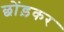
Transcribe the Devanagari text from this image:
छोंड़कर